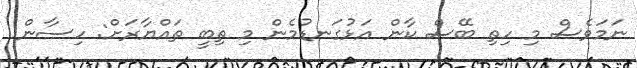
ނަމަވެސް މި ހިތި ބޭސް ކާން އަޅުގަނޑުމެން މި ތިބީ ތައްޔާރަށް: ހިސާން